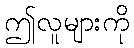
ဤလူများကို